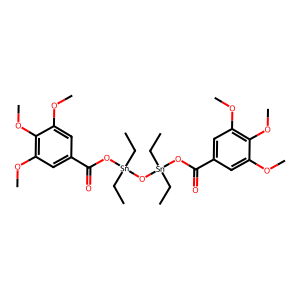
SMILES: CC[Sn](CC)(OC(=O)c1cc(OC)c(OC)c(OC)c1)O[Sn](CC)(CC)OC(=O)c1cc(OC)c(OC)c(OC)c1
Inhibits HIV replication: No